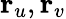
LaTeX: \mathbf{r}_{u},\mathbf{r}_{v}